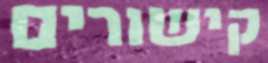
קישורים